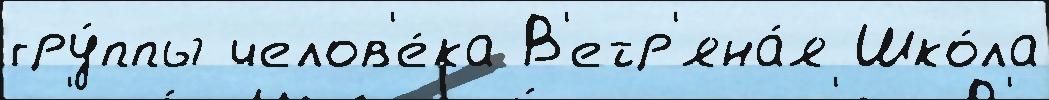
гру́ппы челов'е́ка В'етр'яна́я Шко́ла